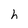
Character: h